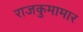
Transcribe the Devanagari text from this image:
राजकुमामार